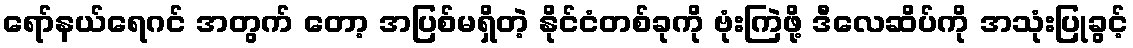
ရော်နယ်ရေဂင် အတွက် တော့ အပြစ်မရှိတဲ့ နိုင်ငံတစ်ခုကို ဗုံးကြဲဖို့ ဒီလေဆိပ်ကို အသုံးပြုခွင့်